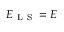
E _ { \mathrm { ~ L ~ S ~ } } = E